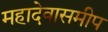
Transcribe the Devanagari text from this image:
महादेवासमीप